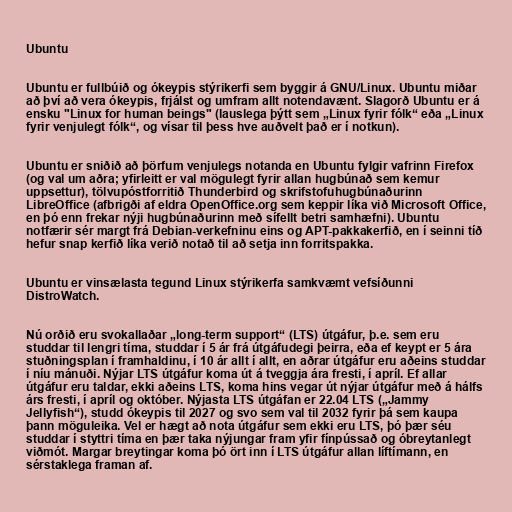
Ubuntu

Ubuntu er fullbúið og ókeypis stýrikerfi sem byggir á GNU/Linux. Ubuntu miðar
að því að vera ókeypis, frjálst og umfram allt notendavænt. Slagorð Ubuntu er á
ensku "Linux for human beings" (lauslega þýtt sem „Linux fyrir fólk“ eða „Linux
fyrir venjulegt fólk“, og vísar til þess hve auðvelt það er í notkun).

Ubuntu er sniðið að þörfum venjulegs notanda en Ubuntu fylgir vafrinn Firefox
(og val um aðra; yfirleitt er val mögulegt fyrir allan hugbúnað sem kemur
uppsettur), tölvupóstforritið Thunderbird og skrifstofuhugbúnaðurinn
LibreOffice (afbrigði af eldra OpenOffice.org sem keppir líka við Microsoft Office,
en þó enn frekar nýji hugbúnaðurinn með sífellt betri samhæfni). Ubuntu
notfærir sér margt frá Debian-verkefninu eins og APT-pakkakerfið, en í seinni tíð
hefur snap kerfið líka verið notað til að setja inn forritspakka.

Ubuntu er vinsælasta tegund Linux stýrikerfa samkvæmt vefsíðunni
DistroWatch.

Nú orðið eru svokallaðar „long-term support“ (LTS) útgáfur, þ.e. sem eru
studdar til lengri tíma, studdar í 5 ár frá útgáfudegi þeirra, eða ef keypt er 5 ára
stuðningsplan í framhaldinu, í 10 ár allt í allt, en aðrar útgáfur eru aðeins studdar
í níu mánuði. Nýjar LTS útgáfur koma út á tveggja ára fresti, í apríl. Ef allar
útgáfur eru taldar, ekki aðeins LTS, koma hins vegar út nýjar útgáfur með á hálfs
árs fresti, í apríl og október. Nýjasta LTS útgáfan er 22.04 LTS („Jammy
Jellyfish“), studd ókeypis til 2027 og svo sem val til 2032 fyrir þá sem kaupa
þann möguleika. Vel er hægt að nota útgáfur sem ekki eru LTS, þó þær séu
studdar í styttri tíma en þær taka nýjungar fram yfir fínpússað og óbreytanlegt
viðmót. Margar breytingar koma þó ört inn í LTS útgáfur allan líftímann, en
sérstaklega framan af.